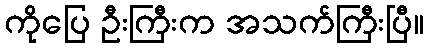
ကိုပြေ ဦးကြီးက အသက်ကြီးပြီ။